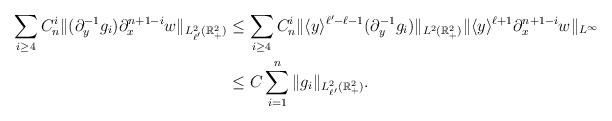
LaTeX: \begin{align*}\sum_{i\ge 4}C^i_n\| (\partial^{-1}_y g_{i}) \partial^{n + 1 -i}_x w\|_{L^2_{\ell'}(\mathbb{R}^2_+)} &\le \sum_{i\ge 4}C^i_n\| \langle y \rangle^{\ell' - \ell - 1} (\partial^{-1}_y g_{i}) \|_{L^2(\mathbb{R}^2_+)} \| \langle y \rangle^{\ell + 1}\partial^{n + 1 -i}_x w\|_{L^\infty}\\& \le C \sum_{i = 1}^{n} \|g_{i}\|_{L^2_{\ell'}(\mathbb{R}^2_+)}. \end{align*}